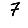
Digit: 7